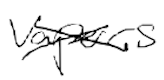
Text: vapors
Cross-out: cross
Writing tool: digital_black